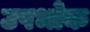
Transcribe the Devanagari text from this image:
उपभोक